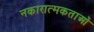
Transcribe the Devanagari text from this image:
नकारात्मकताओं